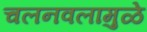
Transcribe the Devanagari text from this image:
चलनवलामुळे